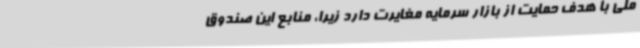
ملی با هدف حمایت از بازار سرمایه مغایرت دارد زیرا، منابع این صندوق